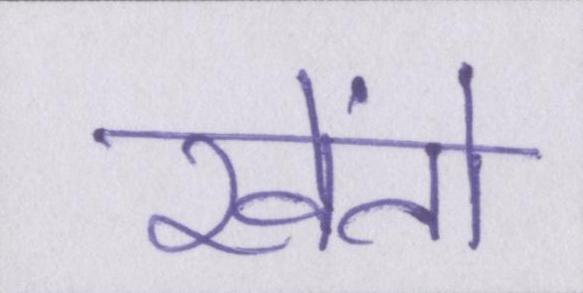
खेंतो